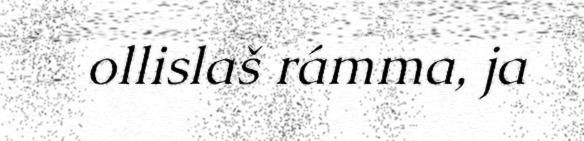
ollislaš rámma, ja